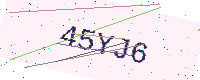
Text: 45YJ6